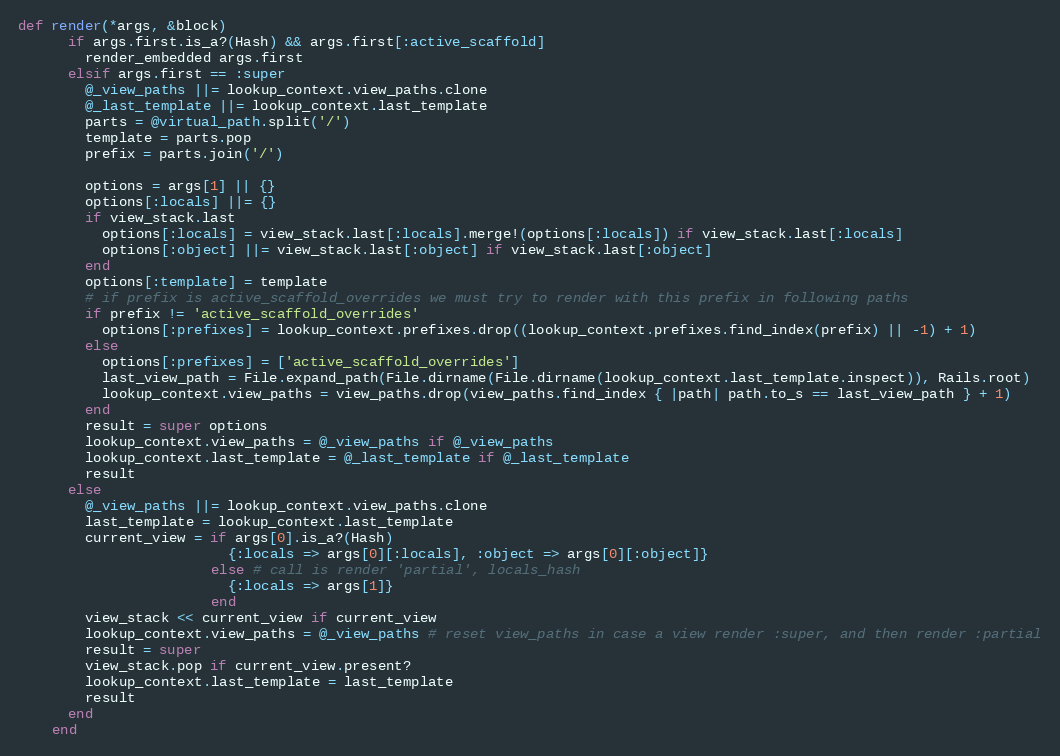
Language: Ruby
def render(*args, &block)
      if args.first.is_a?(Hash) && args.first[:active_scaffold]
        render_embedded args.first
      elsif args.first == :super
        @_view_paths ||= lookup_context.view_paths.clone
        @_last_template ||= lookup_context.last_template
        parts = @virtual_path.split('/')
        template = parts.pop
        prefix = parts.join('/')

        options = args[1] || {}
        options[:locals] ||= {}
        if view_stack.last
          options[:locals] = view_stack.last[:locals].merge!(options[:locals]) if view_stack.last[:locals]
          options[:object] ||= view_stack.last[:object] if view_stack.last[:object]
        end
        options[:template] = template
        # if prefix is active_scaffold_overrides we must try to render with this prefix in following paths
        if prefix != 'active_scaffold_overrides'
          options[:prefixes] = lookup_context.prefixes.drop((lookup_context.prefixes.find_index(prefix) || -1) + 1)
        else
          options[:prefixes] = ['active_scaffold_overrides']
          last_view_path = File.expand_path(File.dirname(File.dirname(lookup_context.last_template.inspect)), Rails.root)
          lookup_context.view_paths = view_paths.drop(view_paths.find_index { |path| path.to_s == last_view_path } + 1)
        end
        result = super options
        lookup_context.view_paths = @_view_paths if @_view_paths
        lookup_context.last_template = @_last_template if @_last_template
        result
      else
        @_view_paths ||= lookup_context.view_paths.clone
        last_template = lookup_context.last_template
        current_view = if args[0].is_a?(Hash)
                         {:locals => args[0][:locals], :object => args[0][:object]}
                       else # call is render 'partial', locals_hash
                         {:locals => args[1]}
                       end
        view_stack << current_view if current_view
        lookup_context.view_paths = @_view_paths # reset view_paths in case a view render :super, and then render :partial
        result = super
        view_stack.pop if current_view.present?
        lookup_context.last_template = last_template
        result
      end
    end